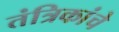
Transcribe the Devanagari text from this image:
तंत्रिकांचे